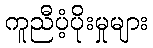
ကူညီပံ့ပိုးမှုများ